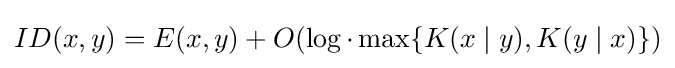
ID(x,y)=E(x,y)+O(\log \cdot \max\{K(x\mid y),K(y\mid x)\})